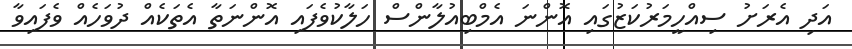
އަދި އެރަށު ސިއްހީމަރުކަޒުގައި އޮންނަ އެމްބިއުލާންސް ހަލާކުވެފައި އޮންނަތާ އެތަކެއް ދުވަހެއް ވެފައިވާ